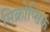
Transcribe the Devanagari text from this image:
मिक्रोप्सिक